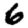
Digit: 6